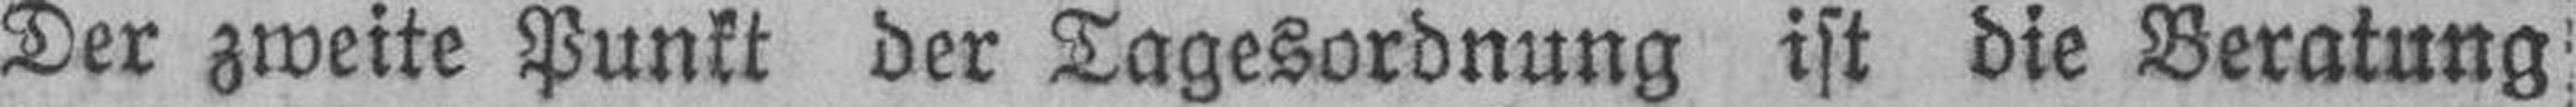
Der zweite Punkt der Tagesordnung ist die Beratung